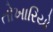
તોખારિયો